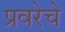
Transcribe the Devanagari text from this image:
प्रवरेचे